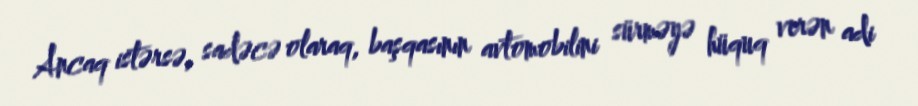
Ancaq istərsə, sadəcə olaraq, başqasının avtomobilini sürməyə hüquq verən adi